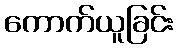
ကောက်ယူခြင်း